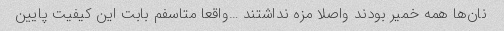
نان‌ها همه خمیر بودند واصلا مزه نداشتند …واقعا متاسفم بابت این کیفیت پایین